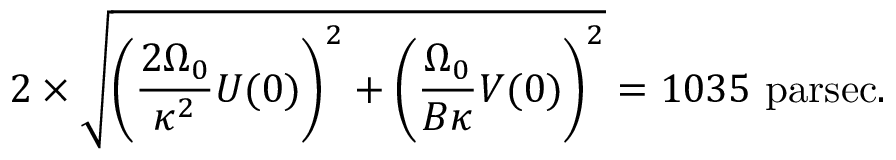
2 \times { \sqrt { \left( { \frac { 2 \Omega _ { 0 } } { \kappa ^ { 2 } } } U ( 0 ) \right) ^ { 2 } + \left( { \frac { \Omega _ { 0 } } { B \kappa } } V ( 0 ) \right) ^ { 2 } } } = 1 0 3 5 { \mathrm { ~ p a r s e c } } .